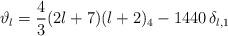
LaTeX: \begin{align*}\vartheta_l = \frac{4}{3} (2l+7)(l+2)_4 - 1440 \, \delta_{l,1}\end{align*}